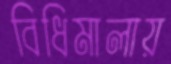
বিধিমালায়